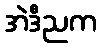
အဲဒီညက